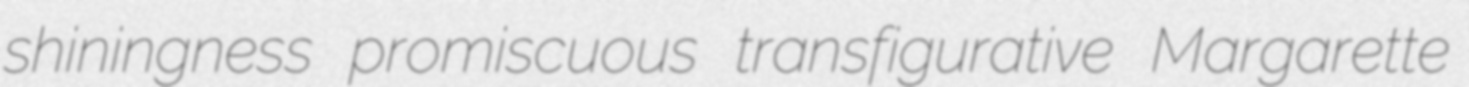
shiningness promiscuous transfigurative Margarette